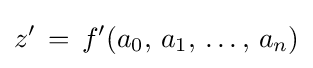
z'\,=\,f'(a_{0},\,a_{1},\,\dots ,\,a_{n})